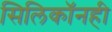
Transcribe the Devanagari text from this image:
सिलिकॉनही